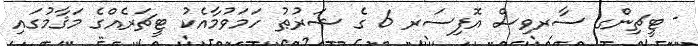
- ޓީޗިންގ ސާރވިސް އޮފިސަރ 6 ގެ ޝަރުޠު ހަމަވުމާއެކު ޓީޗަރެއްގެ މަޤާމުގައި